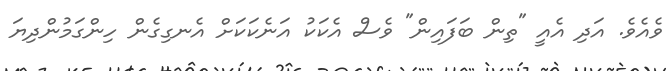
ވެއެވެ. އަދި އެއީ "ތިން ބަފައިން" ވެސް އެކަކު އަނެކަކަށް އެނގިގެން ހިންގަމުންދިޔަ